Report on sanitation, dispensaries, and jails in Rajputana for 1918, and on vaccination for the year 1918-1919 - 1918-1919
Year: 1918
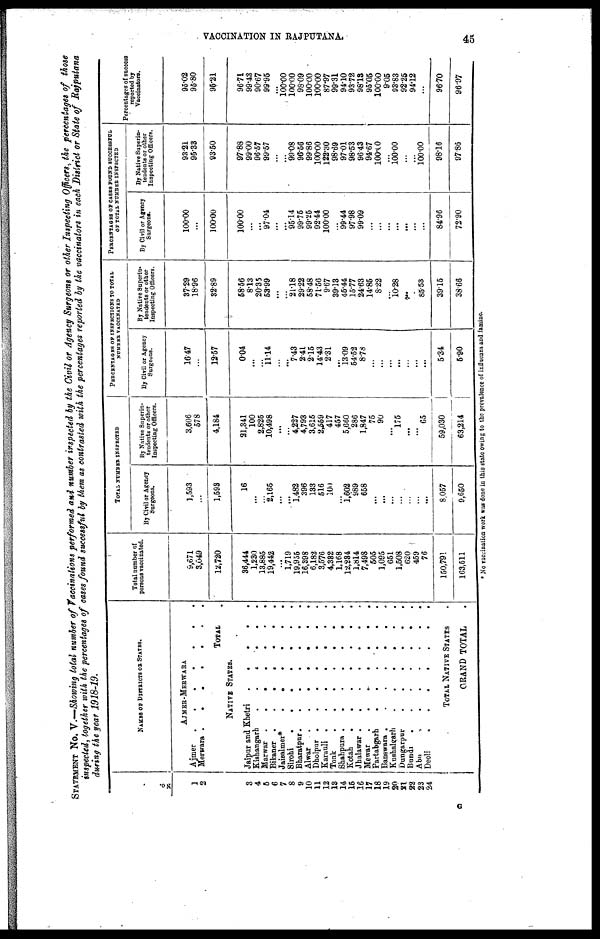
VACCINATION IN RAJPUTANA.
45
STATEMENT No V.—Showing total number of Vaccination, performed and number inspected by the Civil or Agency Surgeon, or other Infecting Officers, the percentages of those
inspecting , together with the Percentage, of cases found ,successful by them as contrasted with the percentages reported by the vaccinators in each District or State of Rajputana
during the year 1918-19.
No.
1
2
3
4
5
6
7
8
9
10
11
12
18
14
15
16
17
18
19
20
21
22
23
24
NAMES OF DISTRICTS OR STATES.
AJMER-MERWARA
Ajmer
.
.
.
.
.
.
.
Merwara .
.
.
.
.
.
.
TOTAL .
NATIVE STATES.
Jaipur and Khetri
.
.
.
. .
Kishangarh
.
.
.
.
.
.
Marwar .
.
.
.
.
.
.
Bikaner .
.
.
.
.
.
.
Jaisalmer*
.
.
.
.
.
.
Sirohi . . . .
.
.
.
Bharatpur .
.
.
.
.
.
.
Alwar
.
.
.
.
.
.
.
Dholpur .
.
.
.
.
.
.
Karauli .
.
.
.
.
.
.
Tonk
. . . . . . .
Shahpura. . . . . . .
Kotah
.
.
.
.
.
.
.
Jhalawar .
.
.
.
.
.
.
Mewar
.
.
.
.
.
.
.
Partabgarh
.
.
. . .
.
.
Banswara .
.
.
.
.
.
.
Kushalgarh
.
.
.
.
.
.
Dungarpur
.
.
.
.
.
.
Bundi
.
.
.
.
.
.
.
Abu
.
.
.
.
.
.
.
Deoli
.
.
.
.
.
.
.
TOTAL NATIVE STATES .
GRAND TOTAL .
Total number of
persons vaccinated.
9,671
3,049
12,720
36,444
1,230
13,885
19,442
...
1,719
19,955
16,398
6,182
3,576
4,332
1,168
12,234
1,814
7,498
505
1,095
651
1,508
620
459
76
150,791
163,511
TOTAL NUMBER INSPECTED
By Civil or Agency
Surgeons.
1,593
...
1,593
16
...
...
2,165
...
...
1,482
396
133
516
100
...
1,602
989
658
...
...
...
...
...
...
...
8,057
9,650
By Native Superin-
tendents or other
Inspecting Officers.
3,606
578
4,184
21,341
100
2,825
10,498
...
...
4,227
4,793
3,615
2,559
417
457
5,660
286
1,847
75
90
...
175
...
...
65
59,030
63,214
PERCENTAGES OF INSPECTIONS OF TOTAL
NUMBER VACCINATED
By Civil or Agency
Surgeons.
16.47
...
12.57
0.04
...
...
11.14
...
...
7.43
2.41
2.15
14.43
2.31
...
13.09
54.52
8.78
...
...
...
...
...
...
...
5.34
5.90
By Native Superin-
tendents or other
Inspecting Officers.
37.29
18.96
32.89
58.56
8.13
20.35
53.99
...
...
21.18
29.22
58.48
71.56
9.67
39.13
45.44
15.77
24.63
14.85
8.22
...
10.28
...
...
85.53
39.15
38.66
PERCENTAGES OF CASES FOUND SUCCESSFUL
OF TOTAL NUMBER INSPECTED
By Civil or Agency
Surgeons.
100.00
...
100.00
100.00
...
...
97.04
...
...
95.14
99.75
99.25
92.44
100.00
...
99.44
97.98
99.09
...
...
...
...
...
...
...
84.96
72.90
By Native Superin-
tendents or other
Inspecting Officers.
93.21
95.33
93.50
97.88
99.00
96.57
99.57
...
...
99.08
96.56
99.86
100.00
122.30
98.69
97.01
98.53
96.43
94.67
100.00
...
100.00
...
...
100.00
98.16
97.86
Percentages of success
reported by
Vaccinators.
95.02
95.80
95.21
96.71
99.43
90.67
99.95
...
100.00
100.00
98.09
100.00
100.00
87.97
99.31
94.10
93.72
98.13
95.05
100.00
9.05
93.83
92.25
94.12
...
96.70
96.97
* No vaccination work was done in this state owing to the prevalence of influenza and famine
G